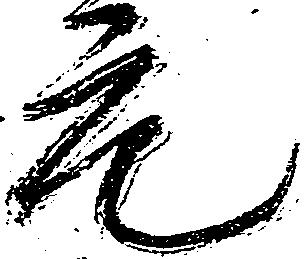
元